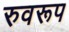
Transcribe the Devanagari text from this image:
रुवरूप